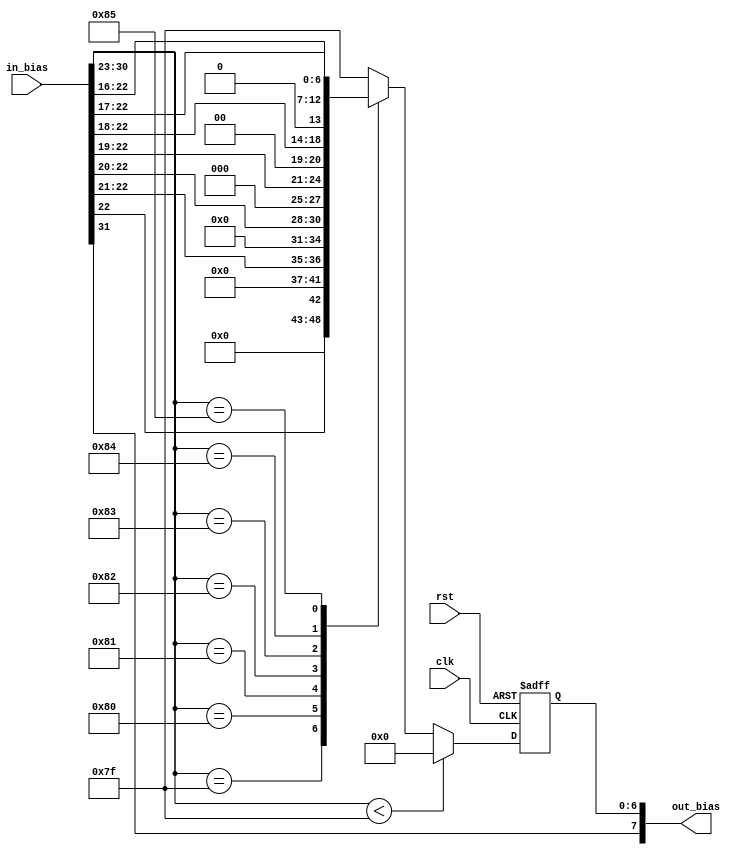
module converter(
    clk, rst, in_bias,

    out_bias
);

input clk,rst;
input [31:0] in_bias;
output [7:0] out_bias;
reg [6:0] r_bias;

always @(posedge clk or posedge rst) begin
    if (rst) 
        r_bias = 0;
    else begin
        if (in_bias[30:23] < 8'd127)
            r_bias = 7'b0000000;
        else begin
            case(in_bias[30:23])
                127 : r_bias = {6'b000000 , in_bias[22]};
                128 : r_bias = {5'b00000 , in_bias[22:21]};
                129 : r_bias = {4'b0000 , in_bias[22:20]};
                130 : r_bias = {3'b000 , in_bias[22:19]};
                131 : r_bias = {2'b00 , in_bias[22:18]}; 
                132 : r_bias = {1'b0 , in_bias[22:17]};
                133 : r_bias = in_bias[22:16];
                default : r_bias = 7'b11111111;
            endcase
        end
   end
end

assign out_bias = {in_bias[31] , r_bias};

endmodule